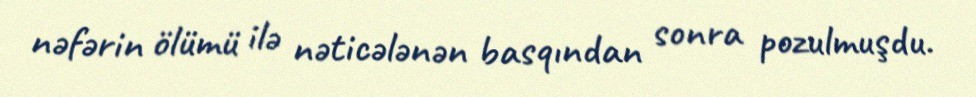
nəfərin ölümü ilə nəticələnən basqından sonra pozulmuşdu.